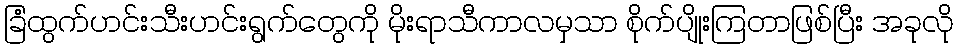
ခြံထွက်ဟင်းသီးဟင်းရွက်တွေကို မိုးရာသီကာလမှသာ စိုက်ပျိုးကြတာဖြစ်ပြီး အခုလို